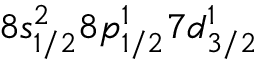
8 s _ { 1 / 2 } ^ { 2 } 8 p _ { 1 / 2 } ^ { 1 } 7 d _ { 3 / 2 } ^ { 1 }